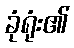
ခုံရုံး၏